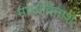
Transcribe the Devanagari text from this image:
मायाविनाश